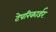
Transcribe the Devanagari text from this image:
टेपरिकार्डर